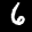
Label: 6